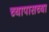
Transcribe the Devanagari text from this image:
च्यापासच्या